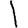
Digit: 1